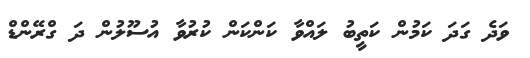
ވަދެ ގަދަ ކަމުން ކަތީބު ލައްވާ ކަންކަން ކުރުވާ އުސޫލުން ދަ ގްރޭންޑް